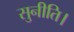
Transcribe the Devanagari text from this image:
सुनीति।